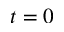
t = 0